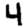
Digit: 4